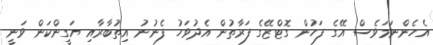
އެހެންނަމަވެސް އޭގެ ފަހުން ގޮޓްޒޭގެ ފަރާތުން އެދުވަހު ފެނުނު އިތުބާރާއި ޔަގީންކަން ވަނީ